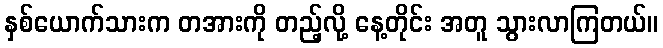
နှစ်ယောက်သားက တအားကို တည့်လို့ နေ့တိုင်း အတူ သွားလာကြတယ်။